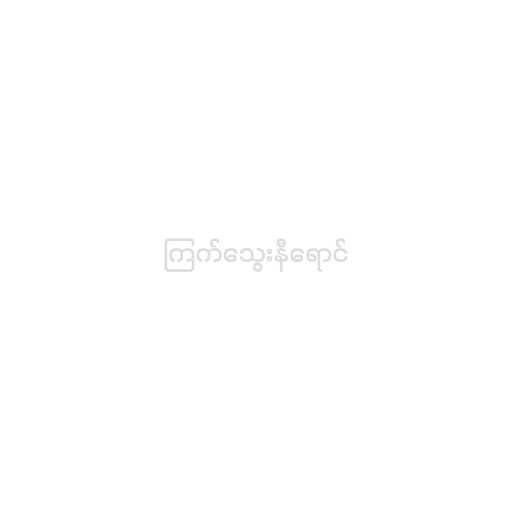
ကြက်သွေးနီရောင်